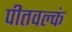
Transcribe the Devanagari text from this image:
पीतवल्कं